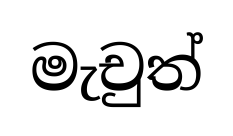
මැචුත්